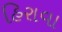
હિરાવા